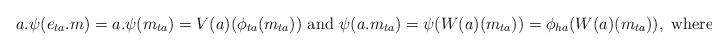
LaTeX: \begin{align*}a.\psi(e_{ta}.m) = a.\psi(m_{ta}) = V(a)(\phi_{ta}(m_{ta})) \mbox{ and }\psi(a.m_{ta})= \psi(W(a)(m_{ta}))= \phi_{ha}(W(a)(m_{ta})), \mbox{ where } a\in Q_1. \end{align*}